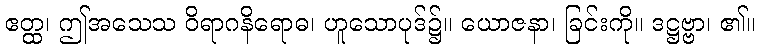
ဧတ္ထ၊ ဤအသေသ ဝိရာဂနိရောဓ၊ ဟူသောပုဒ်၌။ ယောဇနာ၊ ခြင်းကို။ ဒဋ္ဌဗ္ဗာ၊ ၏။